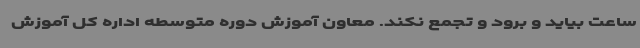
ساعت بیاید و برود و تجمع نکند. معاون آموزش دوره متوسطه اداره کل آموزش